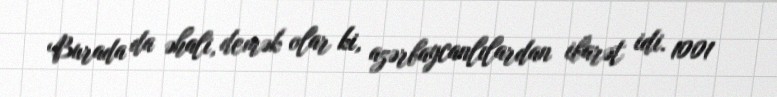
Burada da əhali, demək olar ki, azərbaycanlılardan ibarət idi. 1001